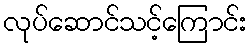
လုပ်ဆောင်သင့်ကြောင်း